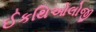
ઈકથિઓલોજી